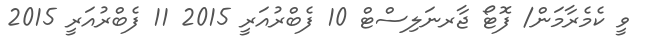
ވީ ކެމެރާމަން/ ފޮޓޯ ޖާރނަލިސްޓް 10 ފެބްރުއަރީ 2015 11 ފެބްރުއަރީ 2015